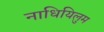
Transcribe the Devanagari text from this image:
नाधियिलुम